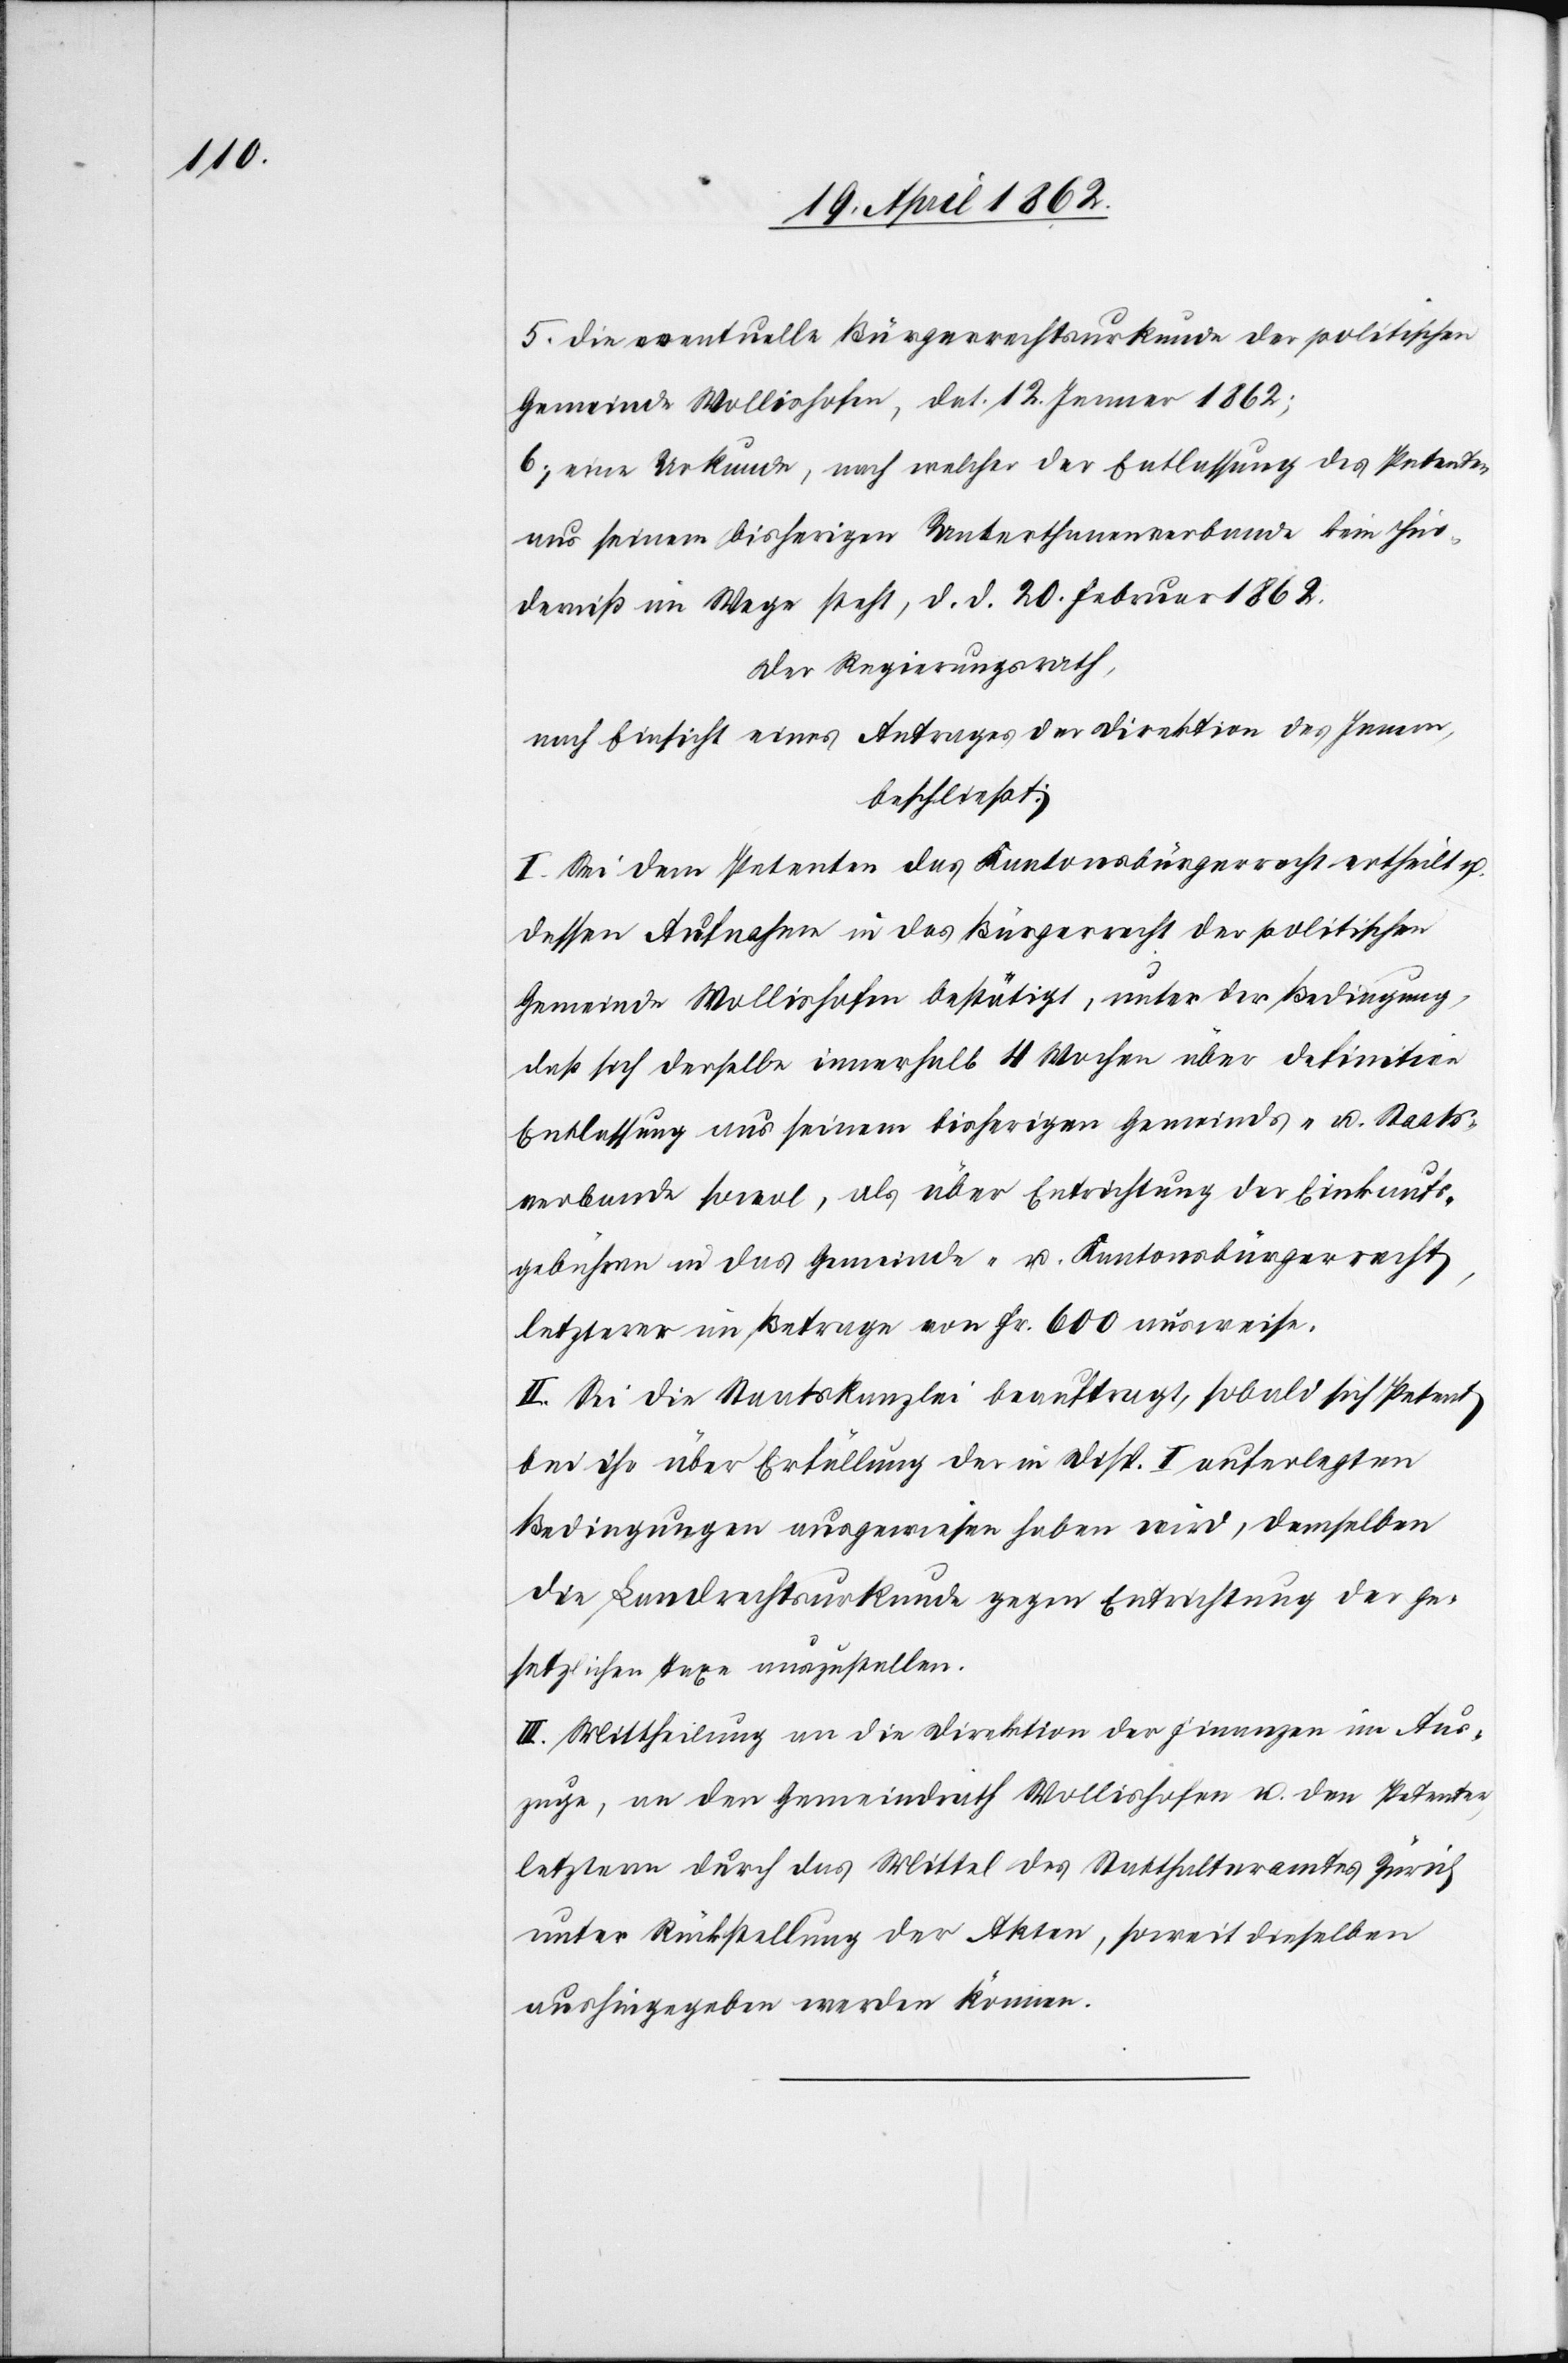
5) die eventuelle Bürgerrechtsurkunde der politischen
Gemeinde Wollishofen, dat. 12. Jenner 1862;
6) eine Urkunde, nach welcher der Entlassung des Petenten
aus seinem bisherigen Unterthanenverbande kein Hin¬
derniß im Wege steht, d. d. 20. Februar 1862.
Der Regierungsrath,
nach Einsicht eines Antrages der Direktion des Innern,
beschließt:
I. Sei dem Petenten das Kantonsbürgerrecht ertheilt u.
dessen Aufnahme in das Bürgerrecht der politischen
Gemeinde Wollishofen bestätigt, unter der Bedingung,
daß sich derselbe innerhalb 4 Wochen über definitive
Entlassung aus seinem bisherigen Gemeinds- u. Staats¬
verbande sowol, als über Entrichtung der Einkaufs¬
gebühren in das Gemeinde- u. Kantonsbürgerrecht,
letzterer im Betrage von Fr. 600 ausweise.
II. Sei die Staatskanzlei beauftragt, sobald sich Petent
bei ihr über Erfüllung der in Disp. I auferlegten
Bedingungen ausgewiesen haben wird, demselben
die Landrechtsurkunde gegen Entrichtung der ge¬
setzlichen Taxe auszustellen.
III. Mittheilung an die Direktion der Finanzen im Aus¬
zuge, an den Gemeindrath Wollishofen u. den Petenten,
letztern durch das Mittel des Statthalteramtes Zürich
unter Rückstellung der Akten, soweit dieselben
aushingegeben werden können.